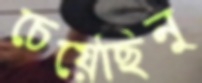
চেয়েছিনু